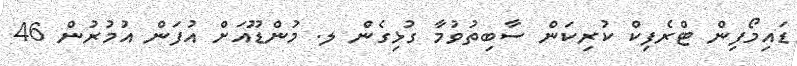
ޑައިމޯފިން ޓްރެފިކް ކުރިކަން ސާބިތުވުމާ ގުޅިގެން ލ. މުންޑޫއަށް އުފަން އުމުރުން 46